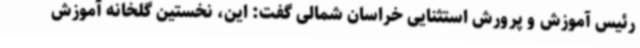
رئیس آموزش و پرورش استثنایی خراسان شمالی گفت: این، نخستین گلخانه آموزش